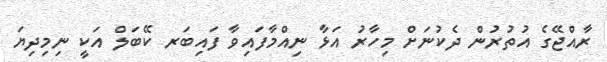
ރާއްޖޭގެ އުތުރުން ދެކުނަށް މިހާރު އަޅާ ނިއްމާފައިވާ ފައިބަރ ކޭބަލް އަކީ ނިމިދިޔަ